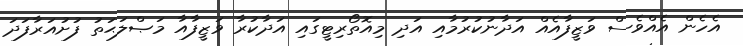
އެހެން އެއްވެސް ވަޒީފާއެއް އަދާނުކުރުމާއި އަދި މިއޮތޯރިޓީގައި އަދާކުރާ ވަޒީފާއާ މަޞްލަޙަތު ފުށުއަރާފަދަ